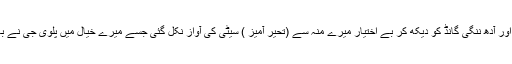
اس کی شاندار اور آدھ ننگی گانڈ کو دیکھ کر بے اختیار میرے منہ سے (تحیر آمیز ) سیٹی کی آواز نکل گئی جسے میرے خیال میں پلوی جی نے بھی سن لیا تھا ۔